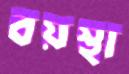
বয়স্থা